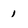
Character: 1